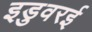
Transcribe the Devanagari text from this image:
इडुवरई